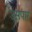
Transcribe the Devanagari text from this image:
उसपार